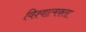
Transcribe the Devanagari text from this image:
विश्वात्मकता